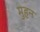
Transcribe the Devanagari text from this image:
मुहन